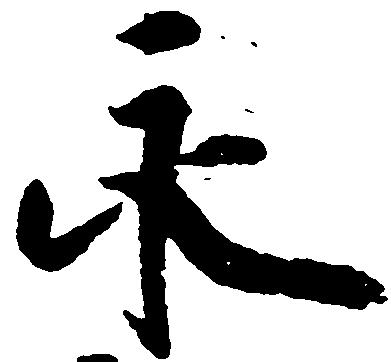
永